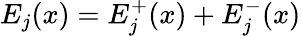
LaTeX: E_{j}(x)=E_{j}^{+}(x)+E_{j}^{-}(x)